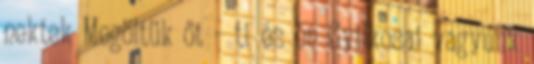
nektek Megöltük őt – ti és én Gyilkosai vagyunk